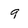
Character: 9